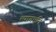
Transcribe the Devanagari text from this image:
त्यागभूमि